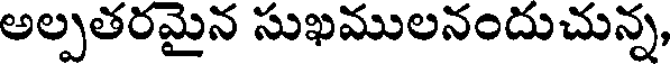
అల్పతరమైన సుఖములనందుచున్న,